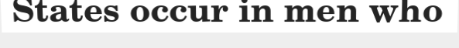
States occur in men who